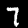
Label: 7